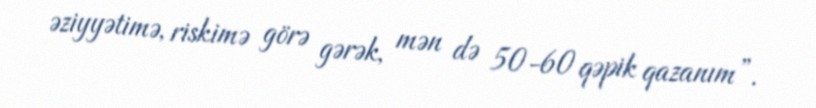
əziyyətimə, riskimə görə gərək, mən də 50-60 qəpik qazanım”.